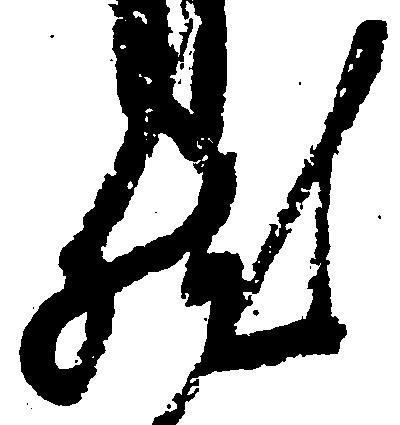
然